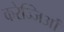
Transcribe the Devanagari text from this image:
करेज्जिओं